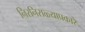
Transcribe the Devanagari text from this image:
निरनिराळ्याप्रकारे